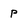
Character: P